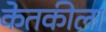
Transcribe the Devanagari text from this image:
केतकीला